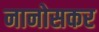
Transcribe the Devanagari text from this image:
नानोसकर